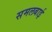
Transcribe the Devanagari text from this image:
समलबाई